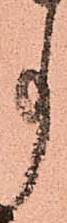
事